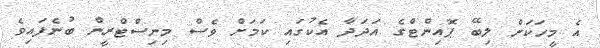
އެ މީހަކަށް ލިބޭ ޕޮއިންޓްގެ އަދަދާ އެކުގައި ކަމަށް ވެސް މިނިސްޓްރީން ބުނެފައިވެ